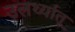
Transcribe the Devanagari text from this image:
उलर्थ्यातू